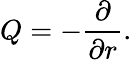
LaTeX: Q=-{\frac{\partial}{\partial r}}.